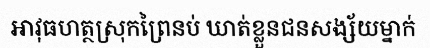
អាវុធហត្ថស្រុកព្រៃនប់ ឃាត់ខ្លួនជនសង្ស័យម្នាក់